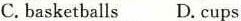
C.basketballs D.cups